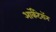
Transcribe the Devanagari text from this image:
आर्केंटेरॉन